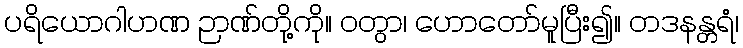
ပရိယောဂါဟဏ ဉာဏ်တို့ကို။ ဝတွာ၊ ဟောတော်မူပြီး၍။ တဒနန္တရံ၊